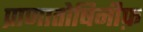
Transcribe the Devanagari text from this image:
प्राणातोषिनीफ़